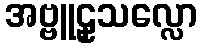
အဗ္ဗူဠှသလ္လော